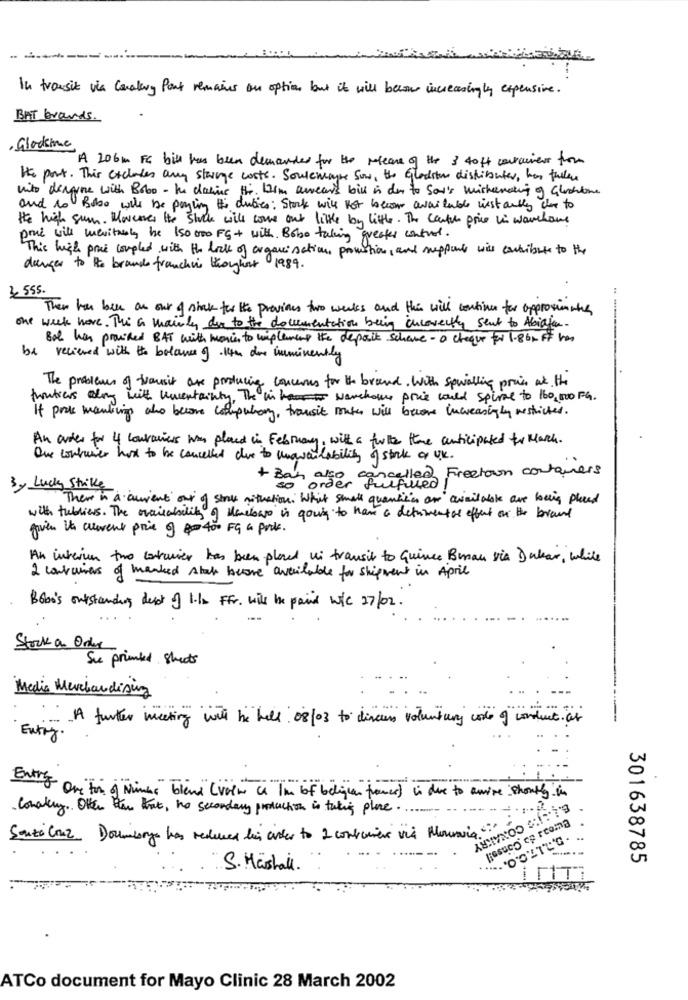
-
In transit via Cavalary Pont remains an option but it will become increasingly expensive.
BAT brands.
· Gladstone
A 206m FS bill has been demander for the release of the 3 4off courcinews from
He port. This excludes any stange costs. Soulchlape Sow, the Glodrie distributes, has fuller
unto define with Bobo - In denie Hi. Kim awears bil in der to Son's wichenaring of Gluchine
and to Bobo will be payling I duties: Stock will not become available list audley due to
He high sum. Moveres the shock will come out little by little. The canton price in warehouse
pour will wevitally he 150000 FG+ with. Bobo taking greater control.
This high prac coupled with the lack of organisation, promotion, and support wis contribute to the
danger to the brand franchir thoughout 1989.
3 555.
Then has been an our of stack for the previous two weeks and this will continue for approximately
one week have. The a mainly due to the documentation being incorectly sent to Abidjan.
Boe has provided BAT with movies to wiplaces the deposit schaue - a cheque for 1.86, it has
be recieved with the balance of 14h dos imminently
The problems of tousit are producing concerns for the brand. With spwalling price at the
fruticos along with uncertainty, The in warehouse pove would spiral to 160,000 FG.
If pook marking who become compulsory, transit make will become increasingly restricted.
An order for 4 couronnes was placed in February, with a tutte theme anticipated for March.
One contuner has to be cancelled due to unavailability of stock of UK.
lled Freetown containers
3 y Lucky Strike
+ Ban aner quifuld
There in a curent our of still situation. What Small quantities or availalok are being placed
with tubliers. The availability of Mailowo is going to have a detrimental effect on the brand
given the current prie 9 400 FG a pool .
An interim two container has been placed us transit to Quince Beman via Dakar, while
2 containers of marked state become available for shipment in April
Bobo's outstanding deset of 1.la Fr. will be paid wil 27/02.
Stock a Onder
Su priented streets
Media Merchandising
A further meeting with be hell 08/03 to discuss voluntary code of conduct as
--
Entry .
Entreg- On for "Miner" blend (volt ( Im of belgien fremer) i due to amire shortly in
conakry. Other than that , ho secondary production is taking place .
Giosuco op rcoma
Souza Couz Doumborys has reduced bis cinter to 2 container vis Mouraria
301638785
S. Mäshall.
ATCo document for Mayo Clinic 28 March 2002